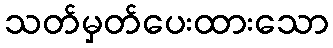
သတ်မှတ်ပေးထားသော